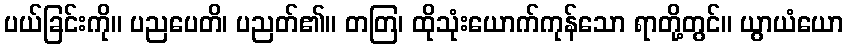
ပယ်ခြင်းကို။ ပညပေတိ၊ ပညတ်၏။ တတြ၊ ထိုသုံးယောက်ကုန်သော ရာတို့တွင်။ ယွာယံယော